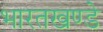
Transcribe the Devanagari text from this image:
भारतखण्डे